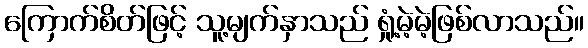
ကြောက်စိတ်ဖြင့် သူ့မျက်နှာသည် ရှုံ့မဲ့မဲ့ဖြစ်လာသည်။